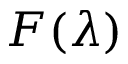
F ( \lambda )